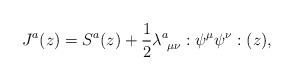
\begin{align*}J^{a}(z) = S^{a}(z) + \frac{1}{2} \lambda^{a}_{~\mu \nu} :\psi^{\mu} \psi^{\nu}:(z), \end{align*}